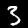
Digit: 3